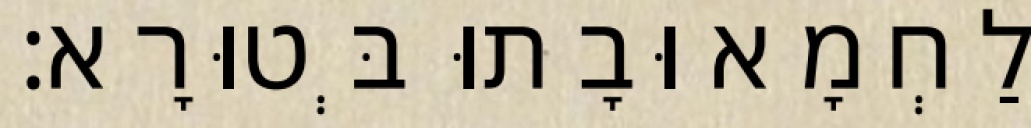
לַחְמָא וּבָתוּ בְּטוּרָא׃